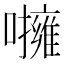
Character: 𡃵